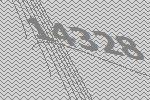
14328